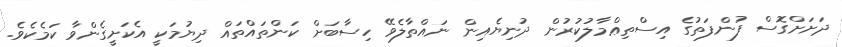
ދަށަށްގޮސް ފުންފަތުގެ އިސްތިޢްމާލުކުރުން ދުނިޔެއިން ނައްތާލެވޭ ހިސާބަށް ކަންތައްތައް ދިޔުމަކީ އެކަށީގެންވާ ކަމެކެވެ.